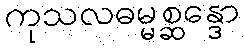
ကုသလဓမ္မစ္ဆန္ဒော